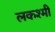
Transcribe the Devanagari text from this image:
लकश्मी